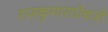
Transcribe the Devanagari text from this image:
राजकुमाराऐवजी